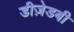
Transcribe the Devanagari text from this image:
डीज़ेडबी